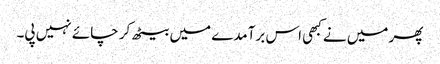
پھر میں نے کبھی اس برآمدے میں بیٹھ کر چائے نہیں پی۔